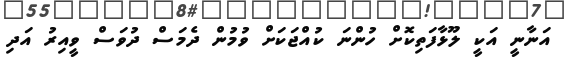
އަނާނީ އަކީ ލޫޅާފަތިކޮށް ހުންނަ ކުއްޖަކަށް ވުމުން ދެމަސް ދުވަސް ވީއިރު އަދި